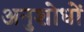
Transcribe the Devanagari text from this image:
अनुशोधों